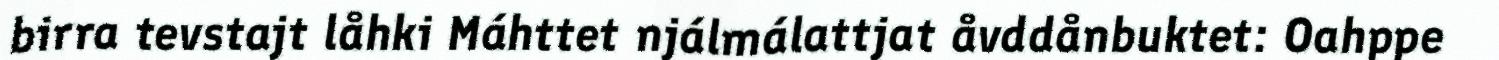
birra tevstajt låhki Máhttet njálmálattjat åvddånbuktet: Oahppe